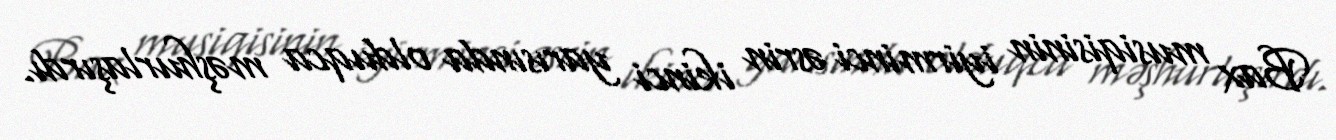
Bax musiqisinin iyirminci əsrin ikinci yarısında olduqca məşhurlaşırdı.